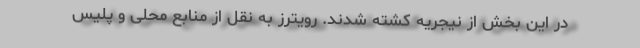
در این بخش از نیجریه کشته شدند. رویترز به نقل از منابع محلی و پلیس